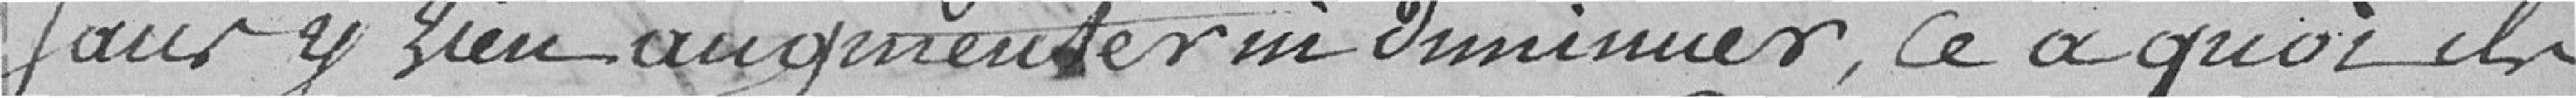
sans y rien augmenter ni diminuer, ce à quoi ils